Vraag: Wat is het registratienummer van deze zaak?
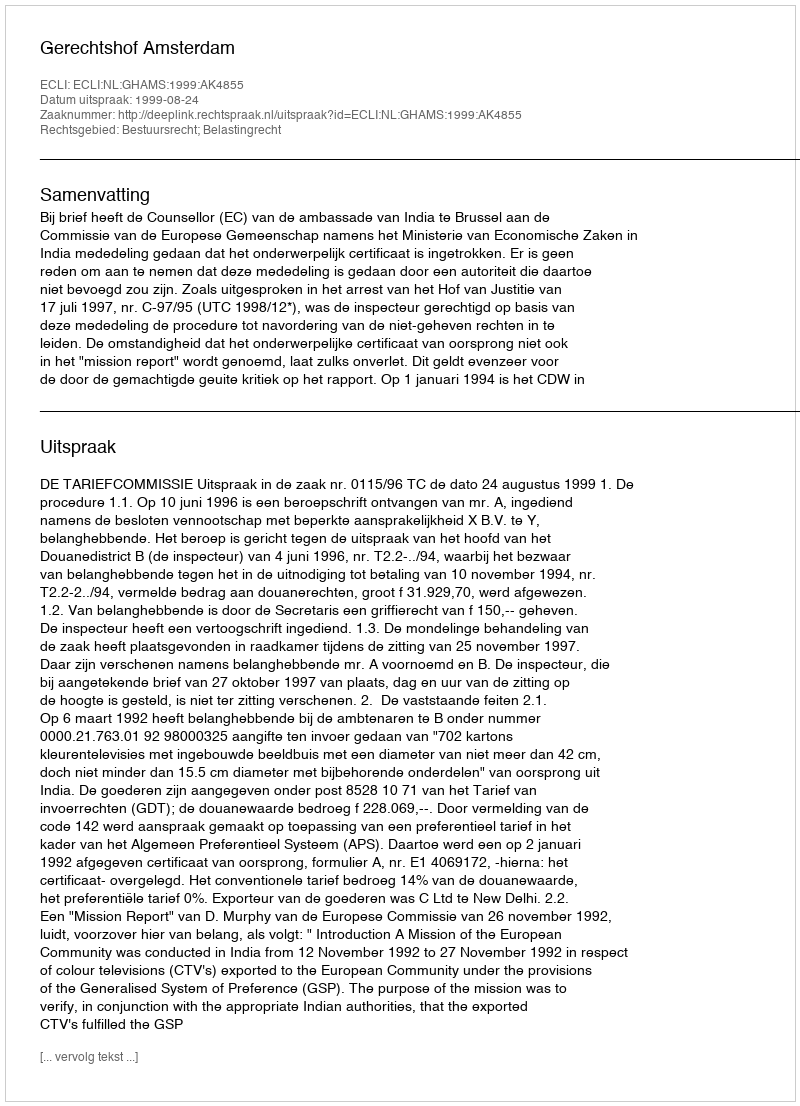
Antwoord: http://deeplink.rechtspraak.nl/uitspraak?id=ECLI:NL:GHAMS:1999:AK4855